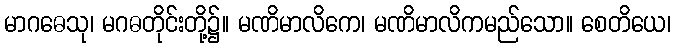
မာဂဓေသု၊ မဂဓတိုင်းတို့၌။ မဏိမာလိကေ၊ မဏိမာလိကမည်သော။ စေတိယေ၊